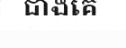
ជាងគេ